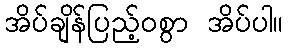
အိပ်ချိန်ပြည့်ဝစွာ အိပ်ပါ။